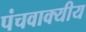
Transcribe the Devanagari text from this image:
पंचवाक्यीय